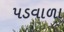
પડવાળા